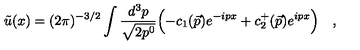
\tilde { u } ( x ) = ( 2 \pi ) ^ { - 3 / 2 } \int \frac { d ^ { 3 } p } { \sqrt { 2 p ^ { 0 } } } \Bigl ( - c _ { 1 } ( \vec { p } ) e ^ { - i p x } + c _ { 2 } ^ { + } ( \vec { p } ) e ^ { i p x } \Bigl ) \quad ,